Medical and sanitary report of the native army of Bengal for the year
Year: 1876
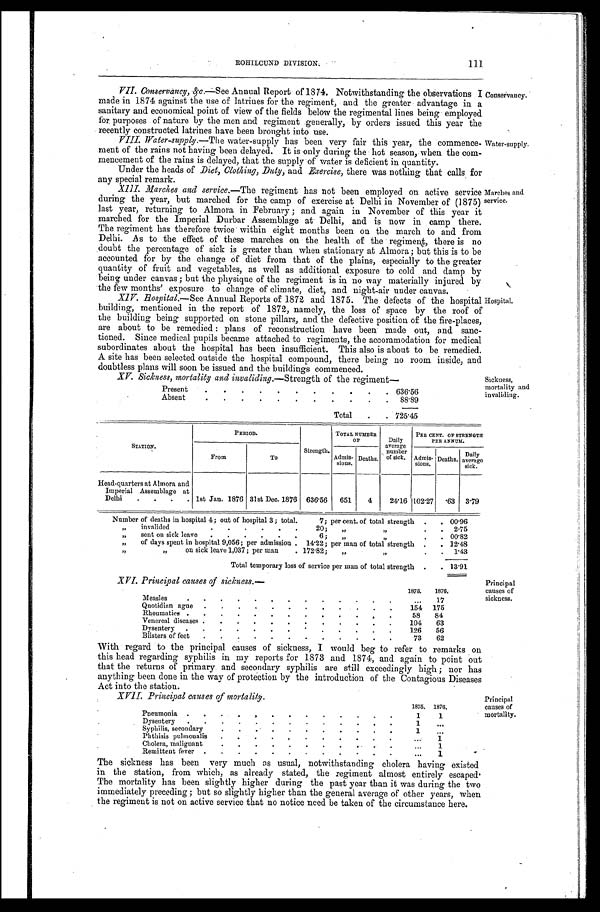
111
ROHILCUND DIVISION.
VII. Conservancy,&c—See Annual Report of 1874. Notwithstanding the observations I Conservancy.
made in 1874 against the use of latrines for the regiment, and the greater advantage in a
sanitary and economical point of view of the fields below the regimental lines being employed
for. purposes of nature by the men and regiment generally, by orders issued this year the
recently constructed latrines have been brought into use.
VIII.
Water-supply.—The water-supply has been very fair this year, the commence- water-supply.
ment of the rains not having been delayed. It is only during the hot season, when the com
-mencement of the rains is delayed, that the supply of water is deficient in quantity.
Under the heads of Diet, Clothing, Duty, and Exercise, there was nothing that calls for
any special remark.
XIII. Marches and service.—The regiment has not been employed on active service Marches and
during the year, but marched for the camp of exercise at Delhi in November of (1875) service.
last year, returning to Almora in February; and again in November of this year it
marched for the Imperial Durbar Assemblage at . Delhi, and. is now in camp there.
The regiment has therefore twice within eight months been on the march to and from
Delhi. As to the effect of these marches on the health of the regiment, there is no
.doubt the percentage of sick is greater than when stationary at Almora but this is to be
accounted for by the change of diet from that of the plains, especially to the greater
quantity of fruit and vegetables, as well as additional exposure to cold and damp by
being under canvas; but the physique of the regiment is in no way materially injured by
the few months' exposure to change of climate, diet, and night-air under canvas.
XIV. Hospital,—See Annual Reports of 1872, and 1875. The defects of the hospital Hospital.
building, mentioned in the report of 1872, namely, the loss of space by the roof of
the building being supported on stone pillars, and the defective position of the fire-places,
are about to be remedied: plans of reconstruction have been made out, and sanc
-tioned. Since medical pupils became attached to regiments, the accommodation for medical
subordinates about the hospital has been insufficient. This also is about to be remedied.
A site has been selected outside the hospital compound, there being no room inside, and
doubtless plans will soon be issued and the buildings commenced.
XV. Sickness, mortality and invaliding.—Strength of the regiment—
Present
6 3 6 . 5 6
Absent
8 8 . 8 9
Total
7 2 5 . 4 5
STATION.
PERIOD.
Strength.
TOTAL NUMBER
OF
Daily
, number of si ck.
PER CENT. OF STRENGTH
PER ANNUM.
From
To
Admis- sions. Deaths.
average
Admis- sions. Deaths. Dai l y
average sick.
Head-quarters at Almora and
Imperial Assemblage at
Delhi
1st Jan. 1876 31st Dec. 1876 636.56 651 4 24.16 1102.27 .63 3.79
Number of deaths in hospital 4; out of hospital 3; total. 7; per cent. of total strength
0 0 . 9 6
invalide 20;
2 . 7 5
„ s e n t o n s i c k l e a v e 6 ; „ „ 0 0 . 8 2
„ o f d a y s s p e n t i n h o s p i t a l 9 , 0 5 6 ; p e r a d m i s s i o n 1 4 . 2 2 ; p e r m a n o f t o t a l s t r e n g t h 1 2 . 4 8
„
„ „ on sick leave 1,037; per man.172.82;„ „. 1 . 4 3
Total temporary loss of service per man of total strength. 13.91
Sickness, mortality and
invaliding.
XVI. Princival causes of sickness.—
1875. 1876.
Measles
17
Quotidian ague
154 175
Rheumatics
58 84
Venereal ases
104 63
Dysentery.
126 56
Blisters of feet
73 62
Principal causes of
sickness.
With regard to the principal causes of sickness, I would beg to refer to remarks on
this head regarding syphilis in my reports for 1873 and 1874, and again to point out
that the returns of primary. and secondary syphilis are still exceedingly high ; nor has
anything been done in the way of protection by the introduction of the Contagious Diseases
Act into the station.
v-vi TPrincioal Causes of mortality .
Principal causes of
mortality.
1875. 1876.
Pneumonia
1 1
Dysentery
1
.
Syphilis, Secondary.
1
Plithisis pulmoualis
1
Cholera, malignant
1
Remittent fever
1
The sickness has been very much as usual, notwithstanding cholera having existed
in the station, from which, as already stated, the regiment almost entirely escaped
The mortality has been slightly higher during the past year than it was during the two
immediately preceding; but so slightly higher than the general average of' other years, when
the regiment is not on active service that no notice need be taken of the circumstance here.